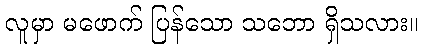
လူမှာ မဖောက် ပြန်သော သဘော ရှိသလား။